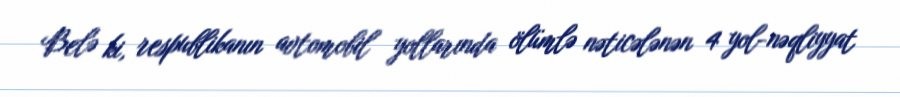
Belə ki, respublikanın avtomobil yollarında ölümlə nəticələnən 4 yol-nəqliyyat